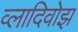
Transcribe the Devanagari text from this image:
व्लादिवोझ